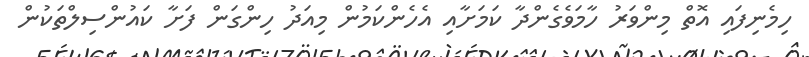
ހިމެނިފައި އޮތް މިންވަރު ހާމަވެގެންދާ ކަމަށާއި އެހެންކަމުން މިއަދު ހިންގަން ފަށާ ކައުންސިލްތަކުން